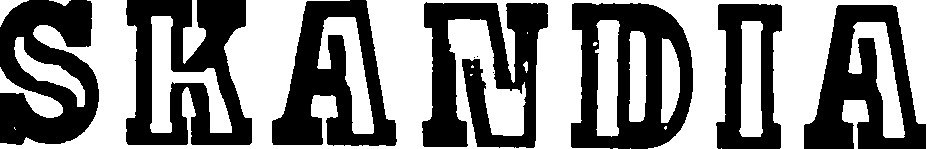
SKANDIA